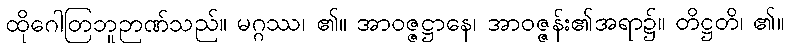
ထိုဂေါတြဘူဉာဏ်သည်။ မဂ္ဂဿ၊ ၏။ အာဝဇ္ဇဋ္ဌာနေ၊ အာဝဇ္ဇန်း၏အရာ၌။ တိဋ္ဌတိ၊ ၏။